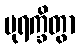
ပုရက္ခိတွာ